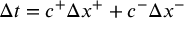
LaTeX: \Delta t = c ^ { + } \Delta x ^ { + } + c ^ { - } \Delta x ^ { - }